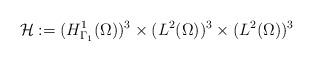
LaTeX: \begin{align*}\mathcal{H} := (H^{1}_{\Gamma_{1}}(\Omega))^{3} \times (L^{2}(\Omega))^{3} \times (L^{2}(\Omega))^{3} \end{align*}